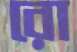
রো